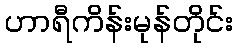
ဟာရီကိန်းမုန်တိုင်း